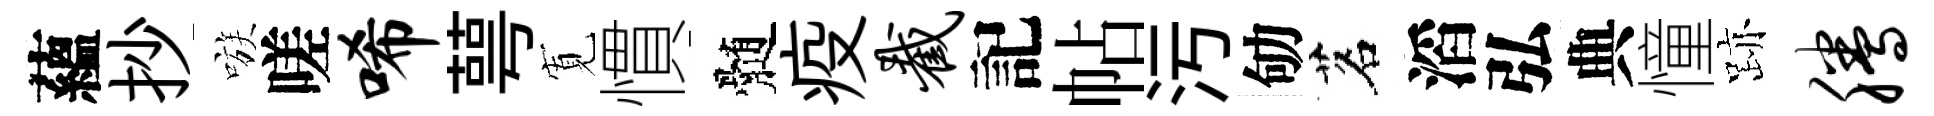
蘊抄嗾嗟唏萼𡩖慣髄疫截記帖污劬茗滔弘典憧跡腾